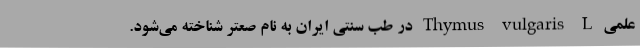
علمی Thymus vulgaris L در طب سنتی ایران به نام صعتر شناخته می‌شود.